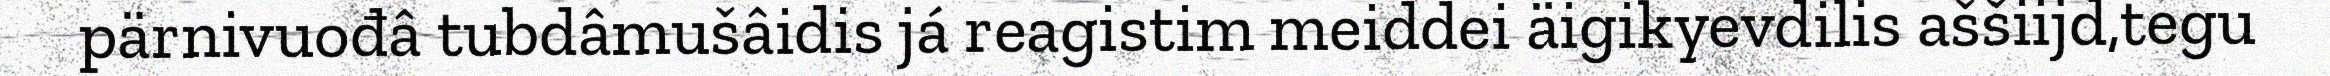
pärnivuođâ tubdâmušâidis já reagistim meiddei äigikyevdilis aššiijd,tegu